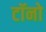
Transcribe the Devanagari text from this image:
टॉनो